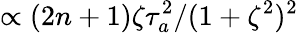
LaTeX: \propto(2n+1)\zeta\tau_{a}^{2}/(1+\zeta^{2})^{2}